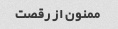
ممنون از رقصت